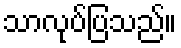
သာလုပ်ပြသည်။